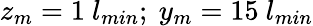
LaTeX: z_{m}=1~l_{min};~y_{m}=15~l_{min}